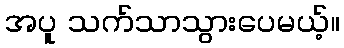
အပူ သက်သာသွားပေမယ့်။